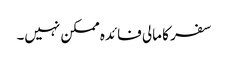
سفر کا مالی فائدہ ممکن نہیں۔